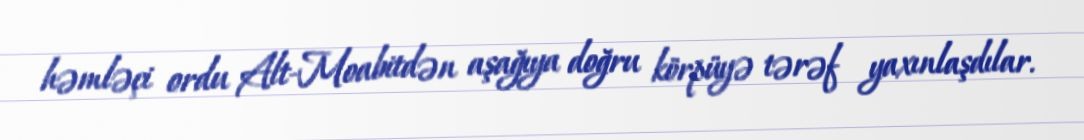
həmləçi ordu Alt-Moabitdən aşağıya doğru körpüyə tərəf yaxınlaşdılar.